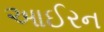
આઈરન